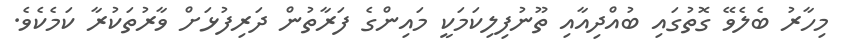
މިހާރު ބެލެވޭ ގޮތުގައި ބުއްދިއާއި ތޫނުފިލިކަމަކީ މައިންގެ ފަރާތުން ދަރިފުޅަށް ވާރުތަކުރާ ކަމެކެވެ.